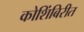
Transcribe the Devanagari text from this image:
कोशिंबिरीत